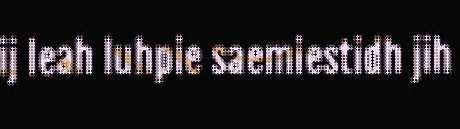
ij leah luhpie saemiestidh jih